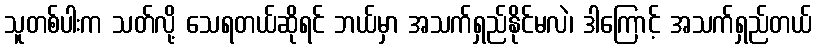
သူတစ်ပါးက သတ်လို့ သေရတယ်ဆိုရင် ဘယ်မှာ အသက်ရှည်နိုင်မလဲ၊ ဒါကြောင့် အသက်ရှည်တယ်